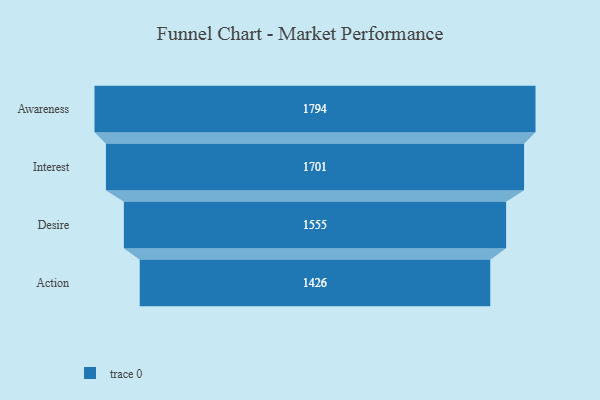
{"axis": {"x": "Stage", "y": "Value"}, "legend": [""], "data": [{"x": "Awareness", "y": 1794.0, "type": ""}, {"x": "Interest", "y": 1701.0, "type": ""}, {"x": "Desire", "y": 1555.0, "type": ""}, {"x": "Action", "y": 1426.0, "type": ""}]}